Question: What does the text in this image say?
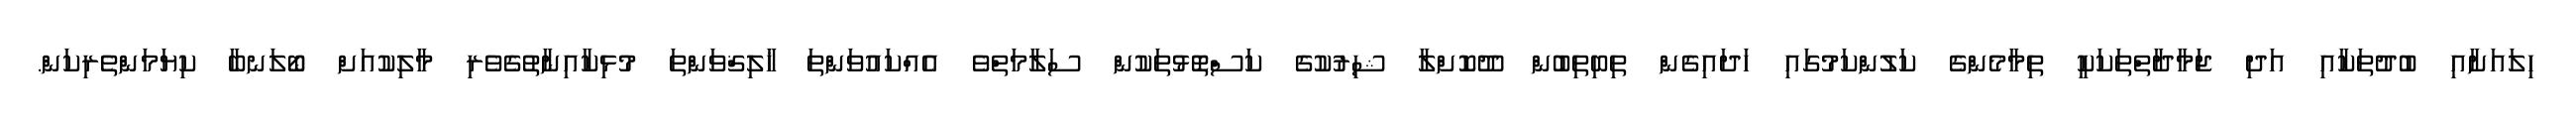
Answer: ހިލައަށާއި ބުދުތަކާއި އަދި ޖަމާދާތްތަކަކީ ތިމާމެންގެ ކަލުންކަމުގައި ހަދައިގެން ތިބިތިބުން ދޫކޮށްލާ ޝިރުކުގެ ކަސްތޮޅުތަކުން ސަލާމަތްވެ އެއްކައުވަންތަ ޚާލިޤްވަންތަ މުޅިކާއިނާތުގެވެރި މާލިކުއަށް ބޯލަނބާ ކިޔަމަންތެރިކަން.